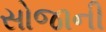
સોજાની